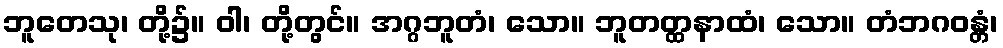
ဘူတေသု၊ တို့၌။ ဝါ၊ တို့တွင်။ အဂ္ဂဘူတံ၊ သော။ ဘူတတ္ထနာထံ၊ သော။ တံဘဂဝန္တံ၊